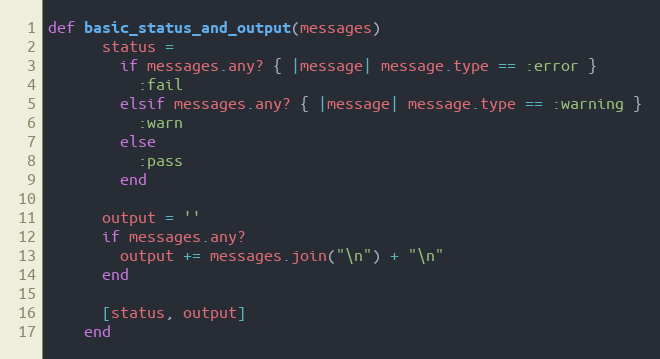
Language: Ruby
def basic_status_and_output(messages)
      status =
        if messages.any? { |message| message.type == :error }
          :fail
        elsif messages.any? { |message| message.type == :warning }
          :warn
        else
          :pass
        end

      output = ''
      if messages.any?
        output += messages.join("\n") + "\n"
      end

      [status, output]
    end